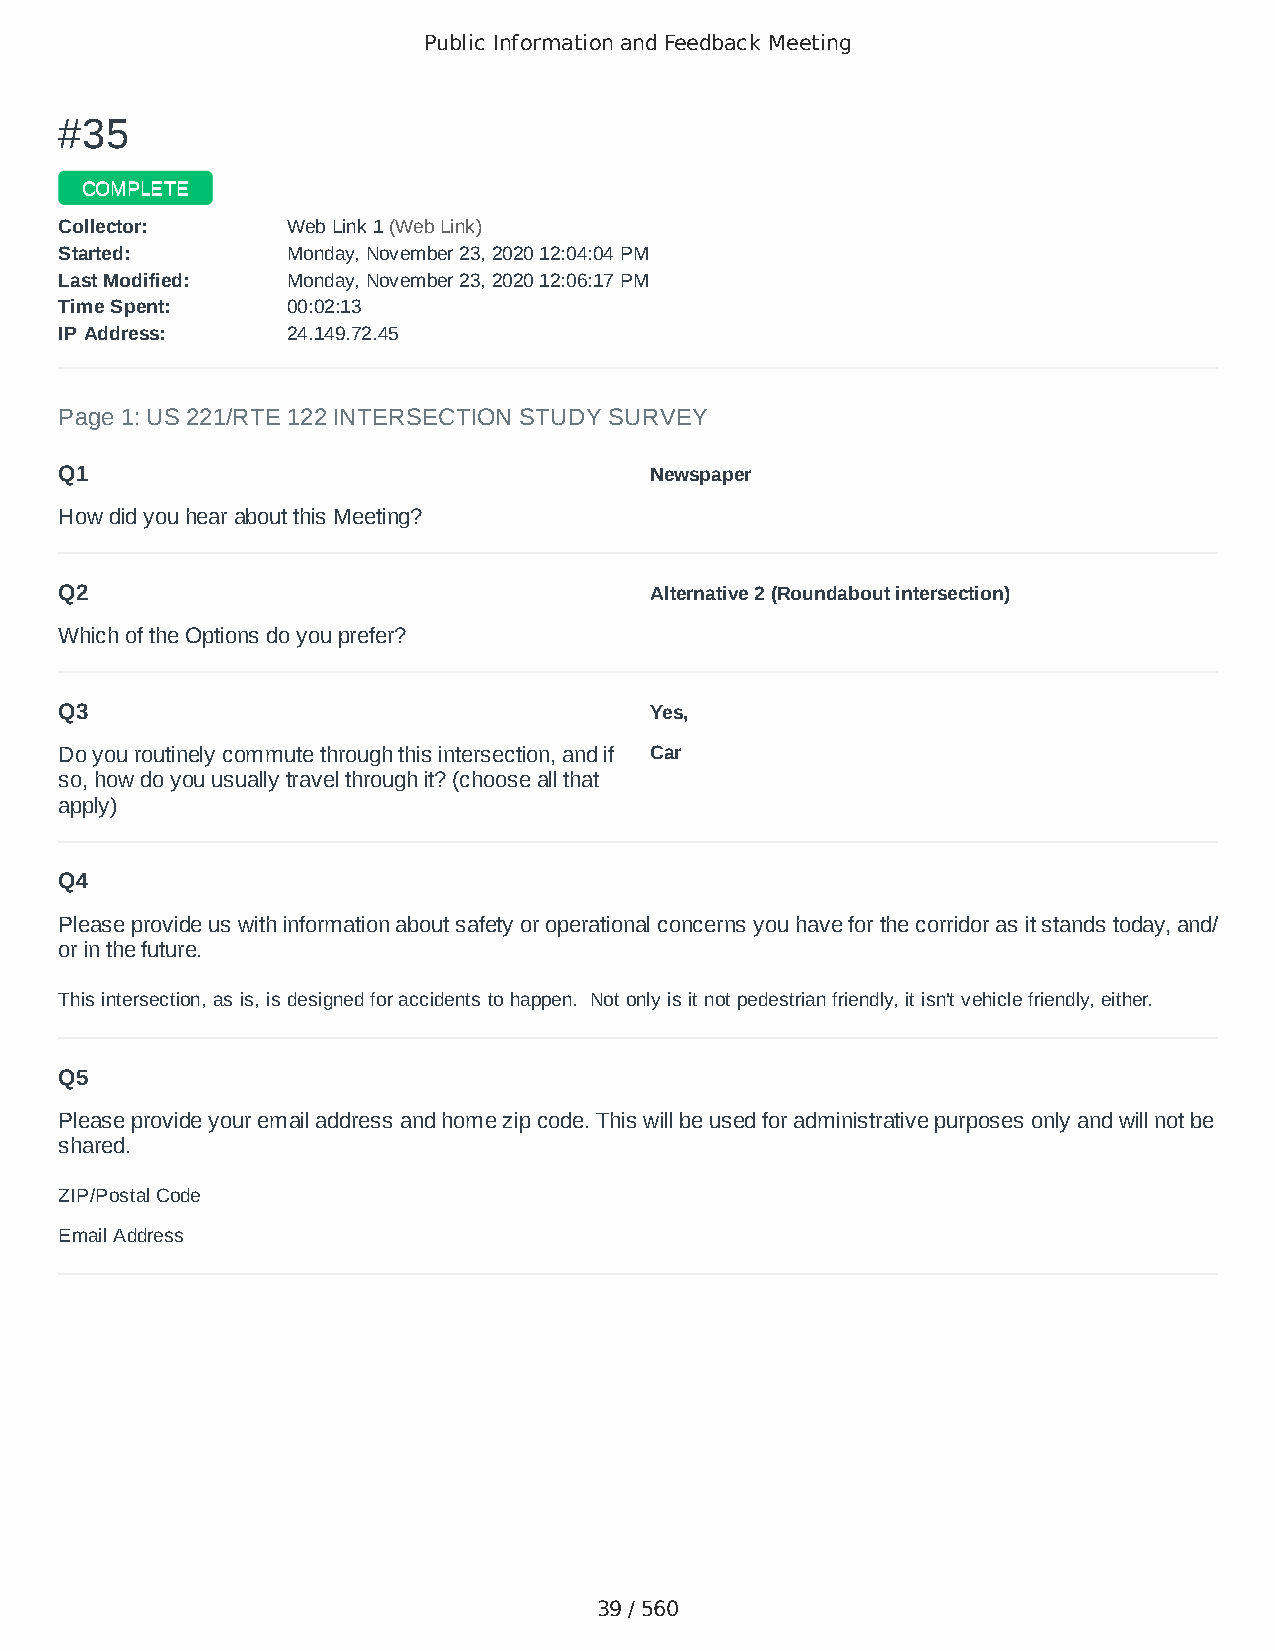
Public Information and Feedback Meeting
 ##3355
 CCOOMMPPLLEETTEE
 CCoolllleeccttoorr:: WWeebb LLiinnkk 11 ((WWeebb LLiinnkk))
 SSttaarrtteedd:: MMoonnddaayy,, NNoovveemmbbeerr 2233,, 22002200 1122::0044::0044 PPMM
 LLaasstt MMooddiiffiieedd:: MMoonnddaayy,, NNoovveemmbbeerr 2233,, 22002200 1122::0066::1177 PPMM
 TTiimmee SSppeenntt:: 0000::0022::1133
 IIPP AAddddrreessss:: 2244..114499..7722..4455
 Page 1: US 221/RTE 122 INTERSECTION STUDY SURVEY
 Q1                                     Newspaper
 How did you hear about this Meeting?
 Q2                                     Alternative 2 (Roundabout intersection)
 Which of the Options do you prefer?
 Q3                                     Yes,
 Do you routinely commute through this intersection, and if Car
 so, how do you usually travel through it? (choose all that
 apply)
 Q4
 Please provide us with information about safety or operational concerns you have for the corridor as it stands today, and/
 or in the future.
 This intersection, as is, is designed for accidents to happen. Not only is it not pedestrian friendly, it isn't vehicle friendly, either.
 Q5
 Please provide your email address and home zip code. This will be used for administrative purposes only and will not be
 shared.
 ZIP/Postal Code                        24523-2223
 Email Address                          john@southernflavoring.com
 39 / 560